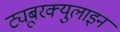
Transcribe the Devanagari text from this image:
ट्यूबरक्युलाइन